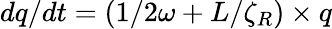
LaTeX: dq/dt=(1/2\omega+L/\zeta_{R})\times q